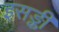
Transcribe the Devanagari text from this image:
इसङ्की